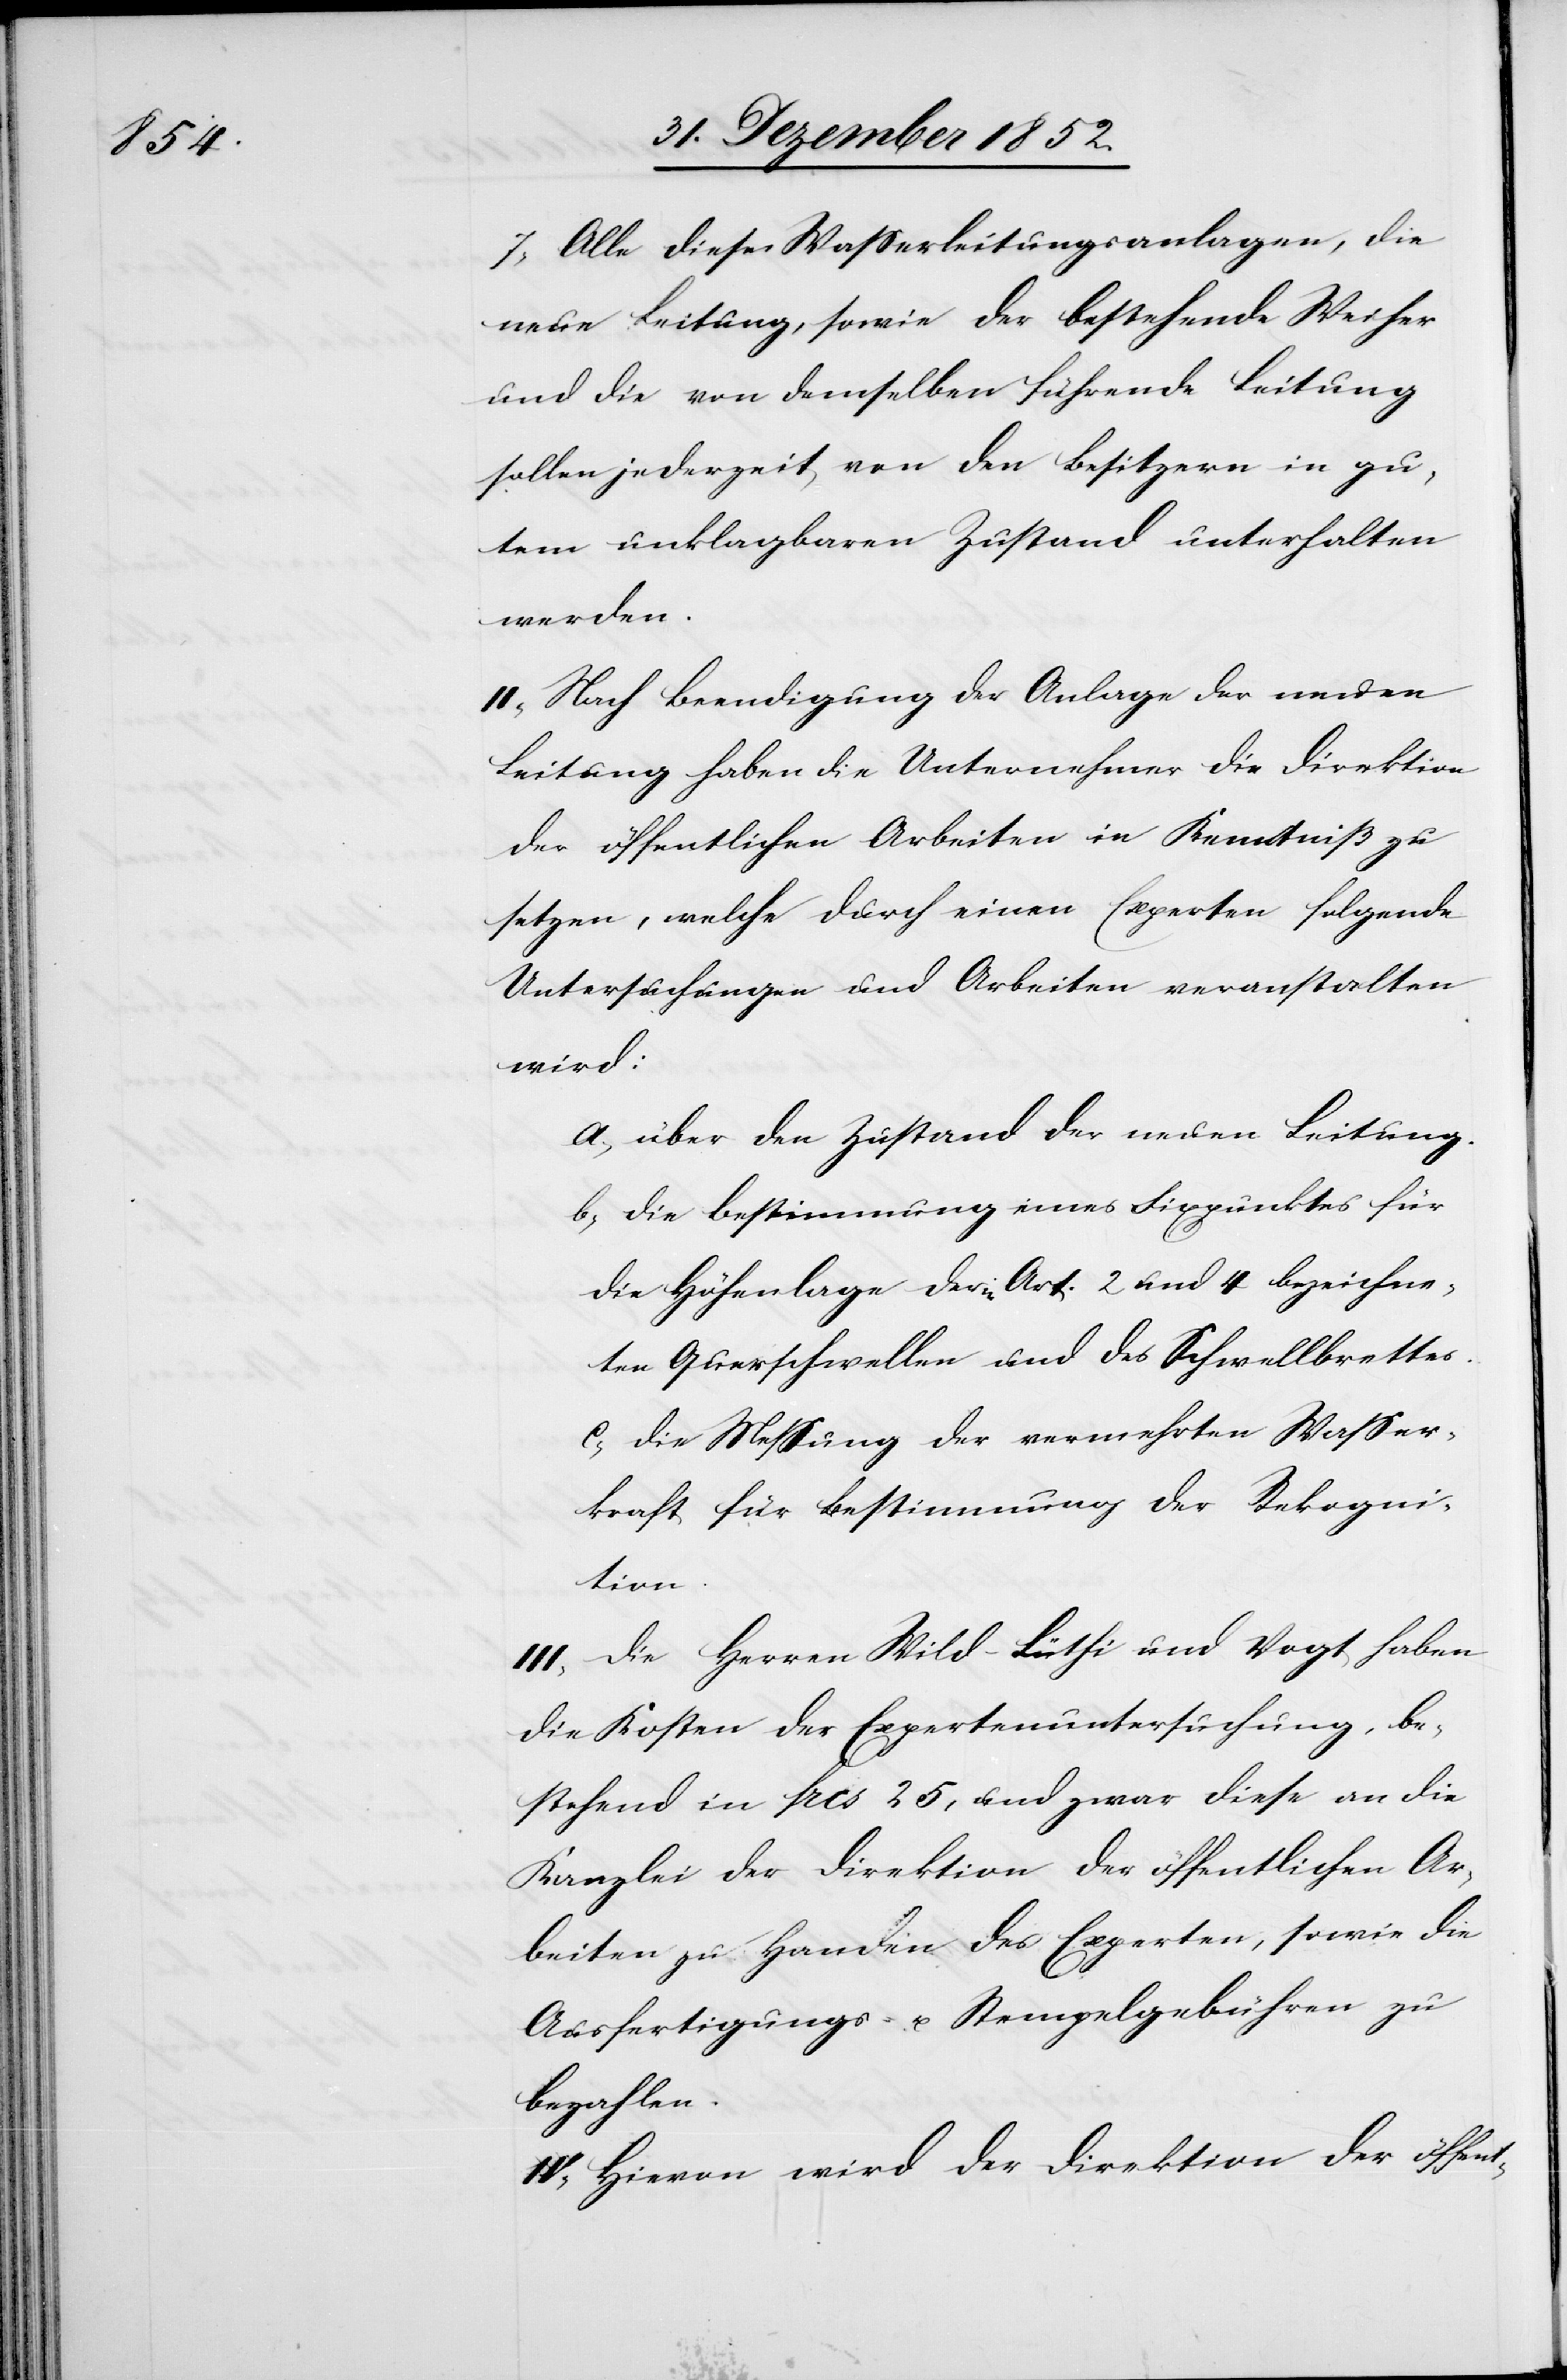
7, Alle diese Wasserleitungsanlagen, die
neue Leitung, sowie der bestehende Weiher
und die von demselben führende Leitung
sollen jederzeit von den Besitzern in gu¬
tem unklagbaren Zustand unterhalten
werden.
II, Nach Beendigung der Anlage der neuen
Leitung haben die Unternehmer die Direktion
der öffentlichen Arbeiten in Kenntniß zu
setzen, welche durch einen Experten folgende
Untersuchungen und Arbeiten veranstalten
wird:
über den Zustand der neuen Leitung.
die Bestimmung eines Fixpunktes für
die Höhenlage der in Art. 2 und 4 bezeichne¬
ten Querschwellen und des Schwellbrettes.
die Messung der vermehrten Wasser¬
kraft für Bestimmung der Rekogni¬
tion.
III, Die Herren Wild-Lüthi und Vogt haben
die Kosten der Expertenuntersuchung, be¬
stehend in frcs 25, und zwar diese an die
Kanzlei der Direktion der öffentlichen Ar¬
beiten zu Handen des Experten, sowie die
Ausfertigungs- u. Stempelgebühren zu
bezahlen.
IV, Hievon wird der Direktion der öffent-